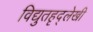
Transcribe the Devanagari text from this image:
विद्युतहृद्‌लेखी